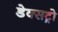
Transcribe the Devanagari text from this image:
डेक्सट्रो